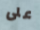
على